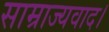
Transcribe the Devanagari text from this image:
साम्राज्यवाद।